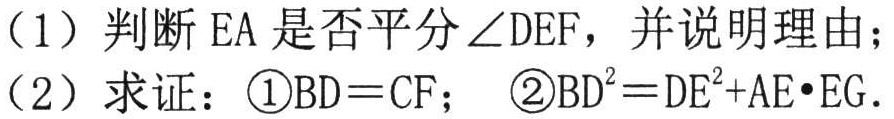
(1) 判断 \(EA\)是否平分\(\angle DEF\)，并说明理由；
(2) 求证：\textcircled{1}\(BD = CF\)； \textcircled{2}\(BD^{2}=DE^{2}+AE\cdot EG\).